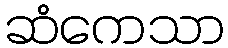
ဆံကေသာ